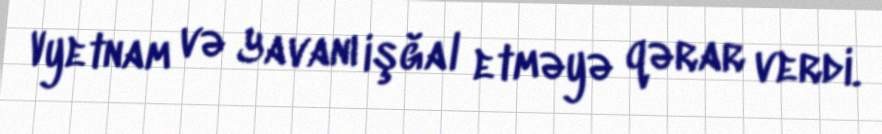
Vyetnam və Yavanı işğal etməyə qərar verdi.